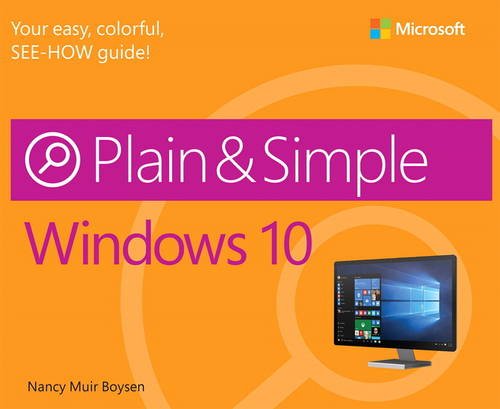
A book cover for Windows 10 Plain & Simple; Nancy Muir Boysen; Computers & Technology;